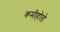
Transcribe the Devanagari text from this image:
कमीहोतो